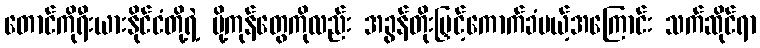
တောင်ကိုရီးယားနိုင်ငံတို့ရဲ့ ပို့ကုန်တွေကိုလည်း အခွန်တိုးမြှင့်ကောက်ခံမယ့်အကြောင်း သက်ဆိုင်ရာ